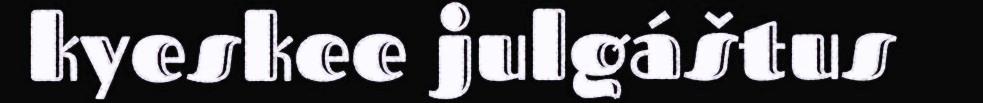
kyeskee julgáštus